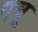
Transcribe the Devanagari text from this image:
एबू